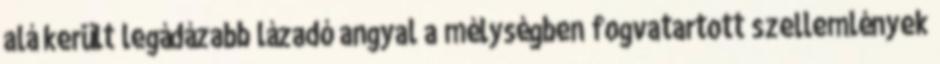
alá került legádázabb lázadó angyal a mélységben fogvatartott szellemlények